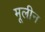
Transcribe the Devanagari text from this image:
मूलीन